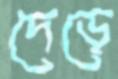
দেড়ে